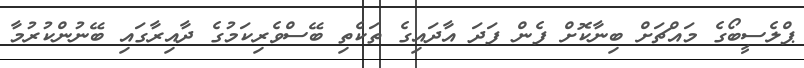
ޕްލެސީބޯގެ މައްޗަށް ބިނާކޮށް ފެން ފަދަ އާދައިގެ ތަކެތި ބޭސްވެރިކަމުގެ ދާއިރާގައި ބޭނުންކުރުމާ